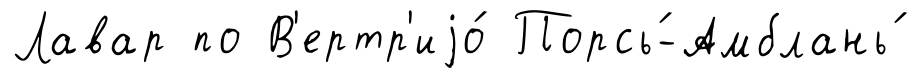
Лавар по В'ертр'иjо́ Порсь́-Амблань́